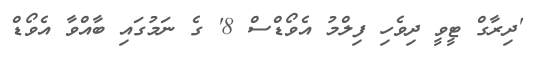
'ދިރާގް ޓީވީ ދިވެހި ފިލްމު އެވޯޑްސް 8' ގެ ނަމުގައި ބާއްވާ އެވޯޑް